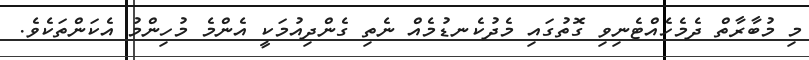
މި މުބާރާތް ދެމެހެއްޓެނިވި ގޮތުގައި މެދުކެނޑުމެއް ނެތި ގެންދިއުމަކީ އެންމެ މުހިންމު އެކަންތަކެވެ.